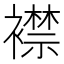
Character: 襟